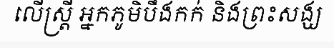
លើស្ត្រី អ្នកភូមិបឹងកក់ និងព្រះសង្ឃ